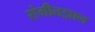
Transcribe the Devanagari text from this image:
संगीतज्ञान